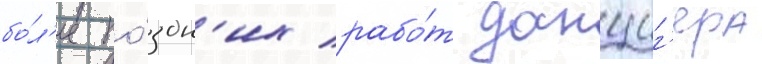
бо́л'ее по́здн'их рабо́т данциг'ера